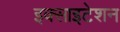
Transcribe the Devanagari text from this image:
इक्साइटेशन